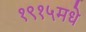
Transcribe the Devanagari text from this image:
१९१५मधे